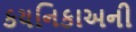
કયનિકાઅની